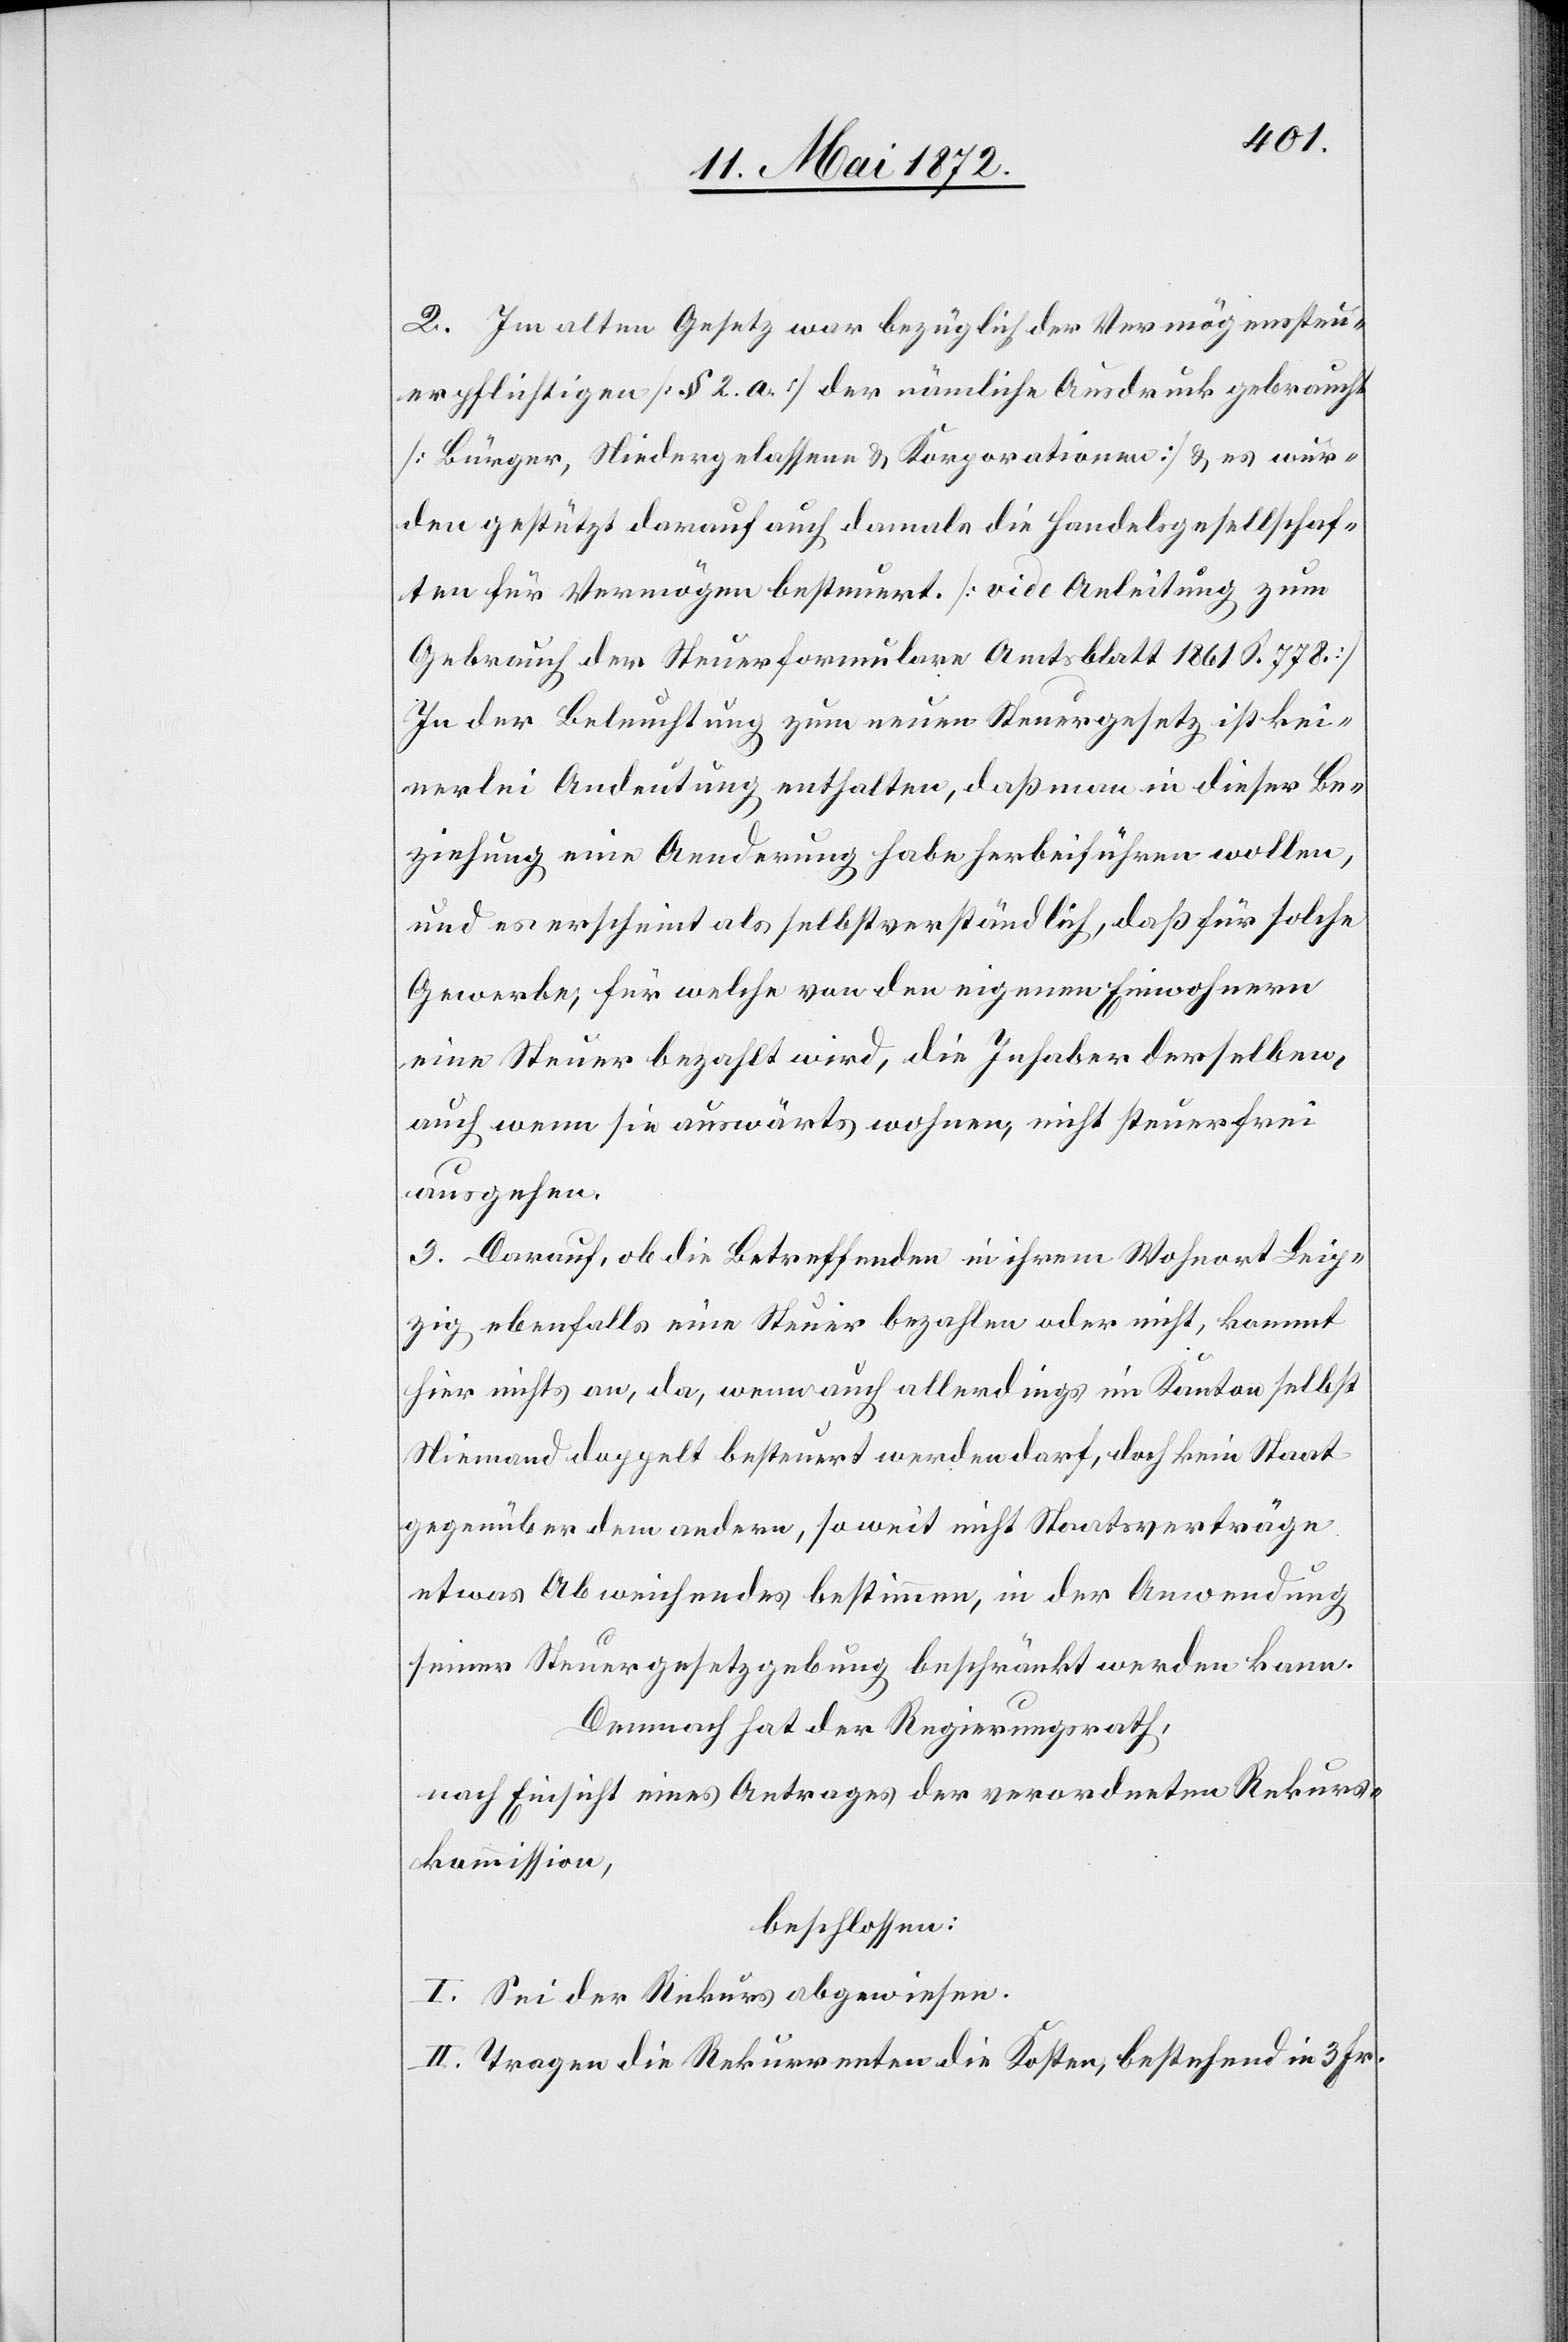
2. Im alten Gesetz war bezüglich der Vermögenssteu¬
erpflichtigen [§ 2. a.] der nämliche Ausdruck gebraucht
[Bürger, Niedergelassene u. Korporationen] u. es wur¬
den gestützt darauf auch damals die Handelsgesellschaf¬
ten für Vermögen besteuert. [vide Anleitung zum
Gebrauch der Steuerformulare Amtsblatt 1861 S. 778]
In der Beleuchtung zum neuen Steuergesetz ist kei¬
nerlei Andeutung enthalten, daß man in dieser Be¬
ziehung eine Aenderung habe herbeiführen wollen,
und es erscheint als selbstverständlich, daß für solche
Gewerbe, für welche von den eigenen Einwohnern
eine Steuer bezahlt wird, die Inhaber derselben,
auch wenn sie auswärts wohnen, nicht steuerfrei
ausgehen.
3. Darauf, ob die Betreffenden in ihrem Wohnort Leip¬
zig ebenfalls eine Steuer bezahlen oder nicht, kommt
hier nichts an, da, wenn auch allerdings im Kanton selbst
Niemand doppelt besteuert werden darf, doch kein Staat
gegenüber dem andern, so weit nicht Staatsverträge
etwas Abweichendes bestimmen, in der Anwendung
seiner Steuergesetzgebung beschränkt werden kann.
Demnach hat der Regierungsrath,
nach Einsicht eines Antrages der verordneten Rekurs¬
kommission,
beschlossen:
I. Sei der Rekurs abgewiesen.
II. Tragen die Rekurrenten die Kosten, bestehend in 3 Fr.